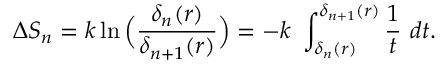
\Delta S _ { n } = k \ln \Big ( { \frac { \delta _ { n } ( r ) } { \delta _ { n + 1 } ( r ) } } \Big ) = - k \ \int _ { \delta _ { n } ( r ) } ^ { \delta _ { n + 1 } ( r ) } { \frac { 1 } { t } } \ d t .